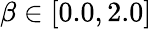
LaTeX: \beta\in\left[0.0,2.0\right]